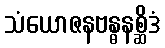
သံယောဇနဗန္ဓနစ္ဆိဒံ